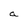
Character: a